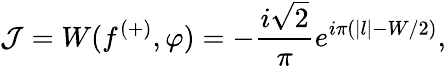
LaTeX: \mathcal{J}=W(f^{(+)},\varphi)=-\frac{i\sqrt{2}}{\pi}e^{i\pi(|l|-W/2)},